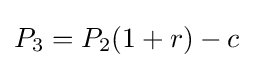
P_{3}=P_{2}(1+r)-c